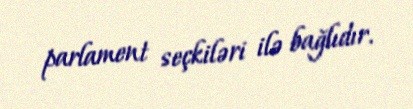
parlament seçkiləri ilə bağlıdır.